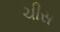
ચીસ